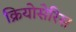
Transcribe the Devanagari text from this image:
क्रियोसेरिस